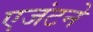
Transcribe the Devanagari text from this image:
एजंटने